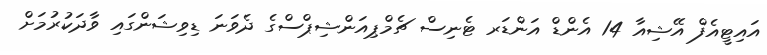
އައިޓީއެފް އޭޝިއާ 14 އެންޑް އަންޑަރ ޓެނިސް ޗެމްޕިއަންޝިޕްސްގެ ދެވަނަ ޑިވިޝަންގައި ވާދަކުރުމަށް